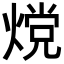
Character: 𬊵